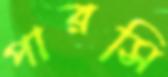
পারসি